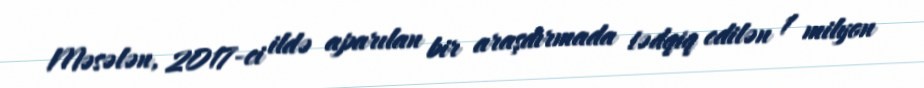
Məsələn, 2017-ci ildə aparılan bir araşdırmada tədqiq edilən 1 milyon